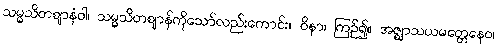
သမ္မသိတဈာနံဝါ၊ သမ္မသိတဈာန်ကိုသော်လည်းကောင်း။ ဝိနာ၊ ကြဉ်၍။ အဇ္ဈာသယမတ္တေနေဝ၊